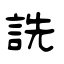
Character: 詵